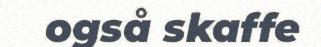
også skaffe